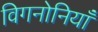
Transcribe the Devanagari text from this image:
विगनोनियाँ